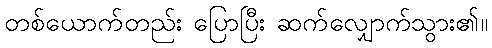
တစ်ယောက်တည်း ပြောပြီး ဆက်လျှောက်သွား၏။